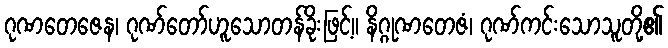
ဂုဏတေဇေန၊ ဂုဏ်တော်ဟူသောတန်ခိုးဖြင့်။ နိဂ္ဂုဏတေဇံ၊ ဂုဏ်ကင်းသောသူတို့၏